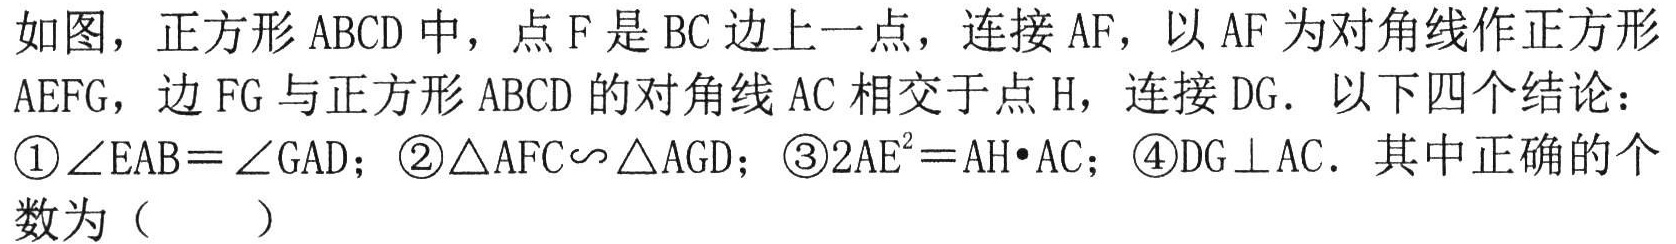
如图，正方形\(ABCD\)中，点\(F\)是\(BC\)边上一点，连接\(AF\)，以\(AF\)为对角线作正方形\(AEFG\)，边\(FG\)与正方形\(ABCD\)的对角线\(AC\)相交于点\(H\)，连接\(DG\)．以下四个结论：
\textcircled{1}\(\angle EAB=\angle GAD\)；\textcircled{2}\(\triangle AFC\backsim\triangle AGD\)；\textcircled{3}\(2AE^{2}=AH\cdot AC\)；\textcircled{4}\(DG\perp AC\)．其中正确的个数为（  ）